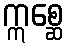
ဣစ္ဆေ